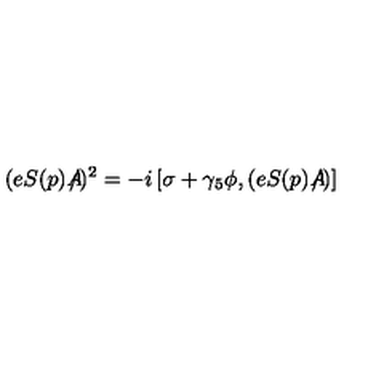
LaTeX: ( e S ( p ) A \! \! \! \! \slash ) ^ { 2 } = - i \left[ \sigma + \gamma _ { 5 } \phi , ( e S ( p ) A \! \! \! \! \slash ) \right]